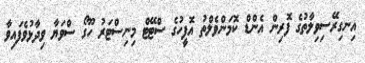
އިނގިރޭސިވިލާތުގެ ފޮރިން އެންޑް ކޮމަންވެލްތު އޮފީހުގެ ސްޓޭޓް މިނިސްޓަރު ހޫގޯ ސްވަޔާ ވިދާޅުވެފައިވާ